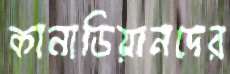
কানাডিয়ানদের